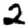
Digit: 2